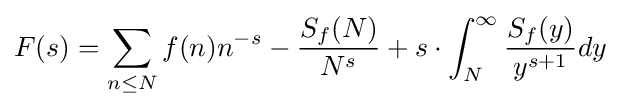
F(s)=\sum _{n\leq N}f(n)n^{-s}-{\frac {S_{f}(N)}{N^{s}}}+s\cdot \int _{N}^{\infty }{\frac {S_{f}(y)}{y^{s+1}}}dy